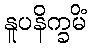
နူပနိက္ခမိံ